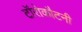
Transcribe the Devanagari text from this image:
टॉरोकौटनी